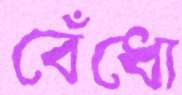
বেঁধো